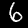
Digit: 6